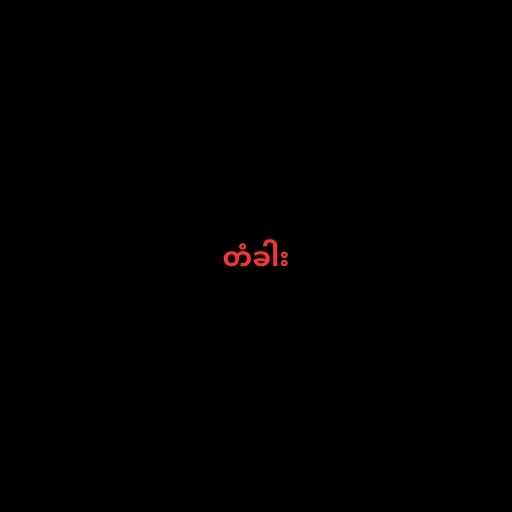
တံခါး